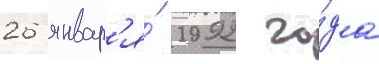
26 январ'я́ 1992 го́да